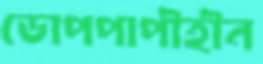
ডোপপাপীহীন